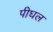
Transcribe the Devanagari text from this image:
पीघल